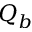
Q _ { b }